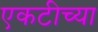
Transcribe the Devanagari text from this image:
एकटीच्या